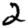
Digit: 2